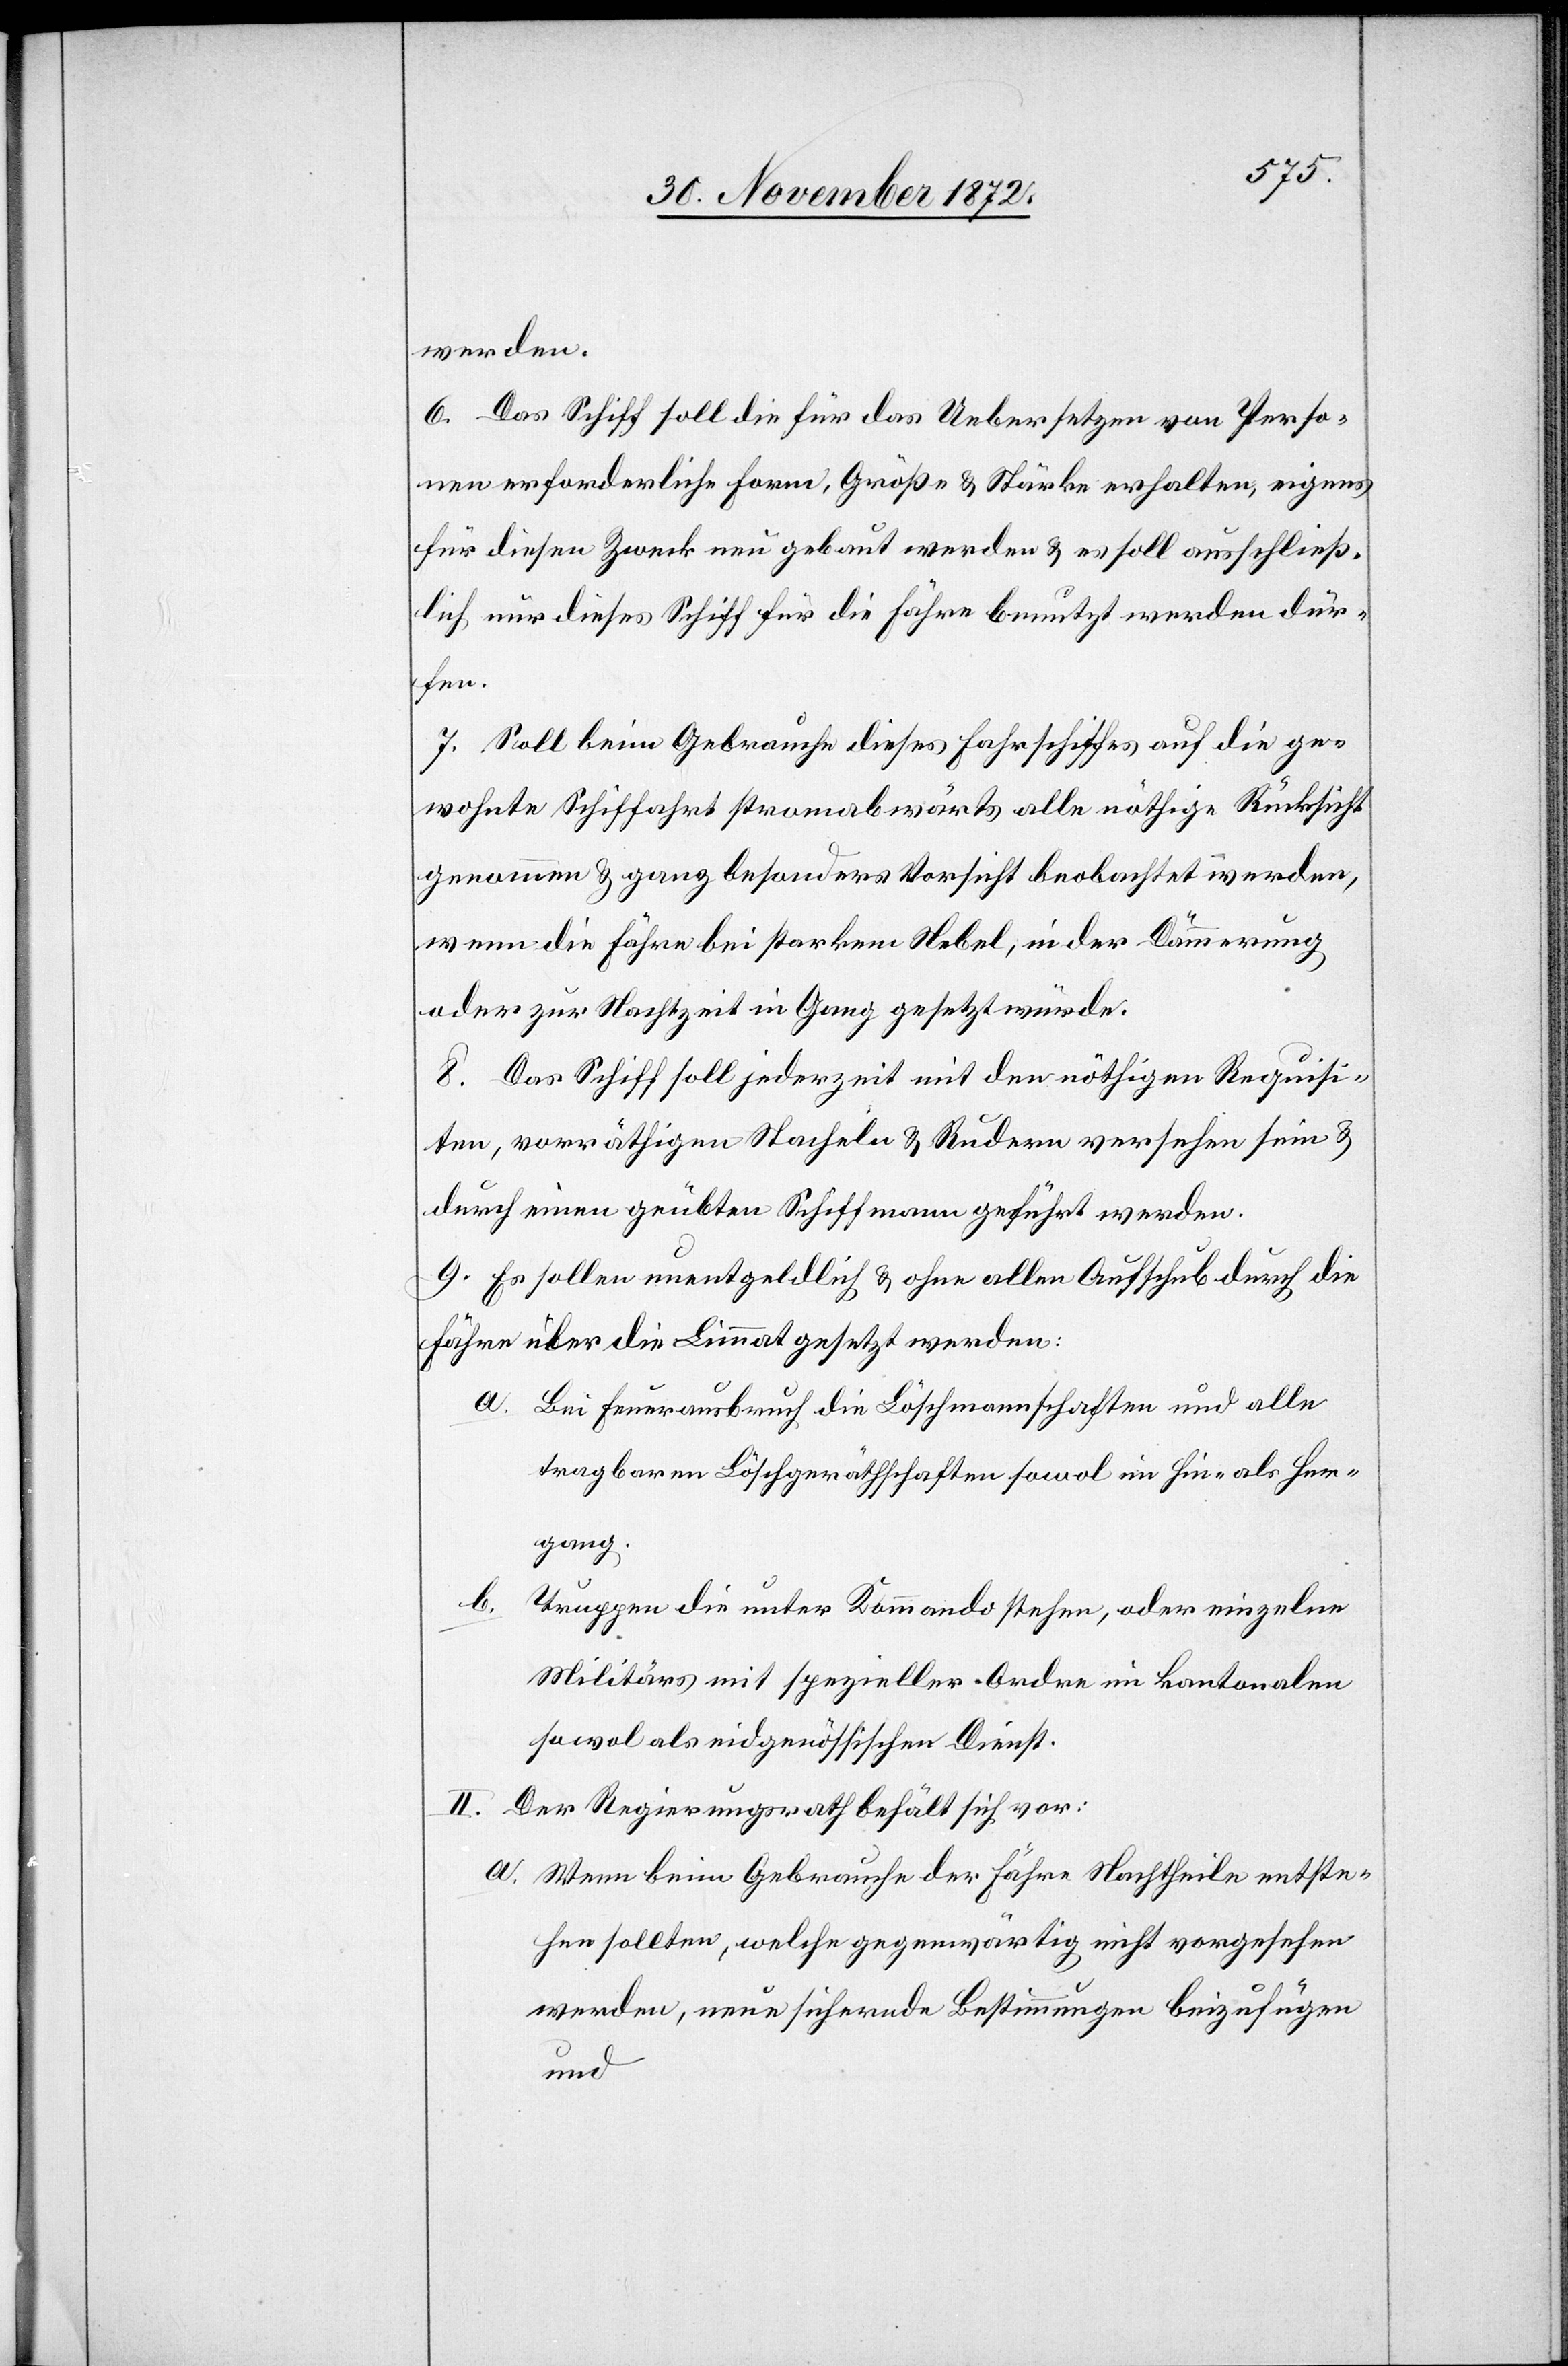
werden.
6. Das Schiff soll die für das Uebersetzen von Perso¬
nen erforderliche Form, Größe u. Stärke erhalten, eigens
für diesen Zwecke neu gebaut werden u. es soll ausschließ¬
lich nur dieses Schiff für die Fähre benutzt werden dür¬
fen.
7. Soll beim Gebrauche dieses Fahrschiffes auf die ge¬
wohnte Schiffahrt stromabwärts alle nöthige Rücksicht
genommen u. ganz besonders Vorsicht beobachtet werden,
wenn die Fähre bei starkem Nebel, in der Dämmerung
oder zur Nachtzeit in Gang gesetzt würde.
8. Das Schiff soll jederzeit mit den nöthigen Requisi¬
ten, vorräthigen Stacheln u. Rudern versehen sein u.
durch einen geübten Schiffmann geführt werden.
9. Es sollen unentgeldlich u. ohne allen Aufschub durch die
Fähre über die Limmat gesetzt werden:
a. Bei Feuerausbruch die Löschmannschaften und alle
tragbaren Löschgeräthschaften sowol im Hin- als Her¬
gang.
b.
Truppen die unter Kommando stehen, oder einzelne
Militärs mit spezieller Ordre im kantonalen
sowol als eidgenössischen Dienst.
Der Regierungsrath behält sich vor:
a. Wenn beim Gebrauche der Fähre Nachtheile entste¬
hen sollten, welche gegenwärtig nicht vorgesehen
werden, neue sichernde Bestimmungen beizufügen
und